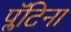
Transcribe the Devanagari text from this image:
प्लॅटिना